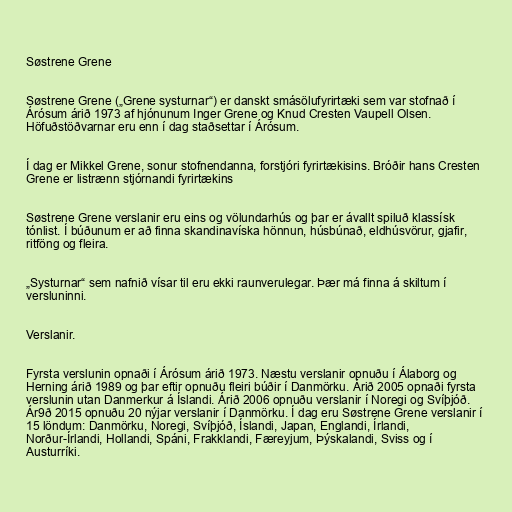
Søstrene Grene

Søstrene Grene („Grene systurnar“) er danskt smásölufyrirtæki sem var stofnað í
Árósum árið 1973 af hjónunum Inger Grene og Knud Cresten Vaupell Olsen.
Höfuðstöðvarnar eru enn í dag staðsettar í Árósum.

Í dag er Mikkel Grene, sonur stofnendanna, forstjóri fyrirtækisins. Bróðir hans Cresten
Grene er listrænn stjórnandi fyrirtækins

Søstrene Grene verslanir eru eins og völundarhús og þar er ávallt spiluð klassísk
tónlist. Í búðunum er að finna skandinavíska hönnun, húsbúnað, eldhúsvörur, gjafir,
ritföng og fleira.

„Systurnar“ sem nafnið vísar til eru ekki raunverulegar. Þær má finna á skiltum í
versluninni.

Verslanir.

Fyrsta verslunin opnaði í Árósum árið 1973. Næstu verslanir opnuðu í Álaborg og
Herning árið 1989 og þar eftir opnuðu fleiri búðir í Danmörku. Árið 2005 opnaði fyrsta
verslunin utan Danmerkur á Íslandi. Árið 2006 opnuðu verslanir í Noregi og Svíþjóð.
Ár9ð 2015 opnuðu 20 nýjar verslanir í Danmörku. Í dag eru Søstrene Grene verslanir í
15 löndum: Danmörku, Noregi, Svíþjóð, Íslandi, Japan, Englandi, Írlandi,
Norður-Írlandi, Hollandi, Spáni, Frakklandi, Færeyjum, Þýskalandi, Sviss og í
Austurríki.